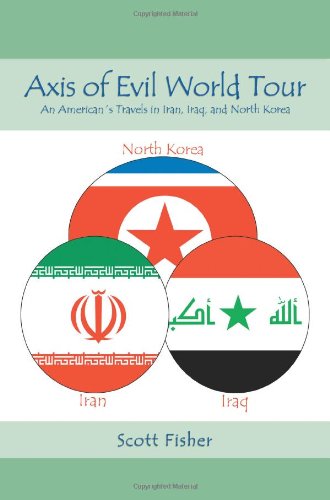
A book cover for Axis of Evil World Tour: An AmericanEEs Travels in Iran, Iraq, and North Korea; Scott Fisher; Travel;